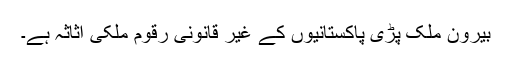
بیرون ملک پڑی پاکستانیوں کے غیر قانونی رقوم ملکی اثاثہ ہے۔